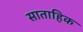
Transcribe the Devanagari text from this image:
साताहिक